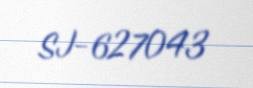
SJ-627043